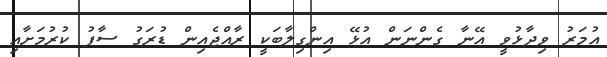
އުމަރު ވިދާޅުވީ އޭނާ ގެންނަން އުޅޭ އިންގިލާބަކީ ރާއްޖެއިން ޑުރަގު ސާފު ކުރުމަށާއި